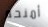
أمنحه